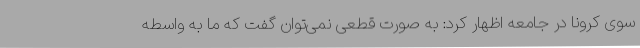
سوی کرونا در جامعه اظهار کرد: به صورت قطعی نمی‌توان گفت که ما به واسطه